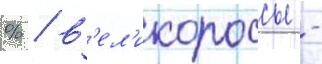
% / в'ел'икороссы -